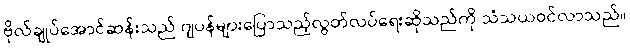
ဗိုလ်ချုပ်အောင်ဆန်းသည် ဂျပန်များပြောသည့်လွတ်လပ်ရေးဆိုသည်ကို သံသယဝင်လာသည်။